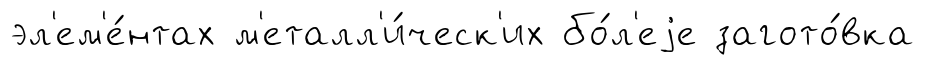
эл'ем'е́нтах м'еталл'и́ческ'их бо́л'еjе загото́вка